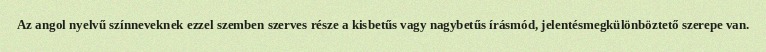
Az angol nyelvű színneveknek ezzel szemben szerves része a kisbetűs vagy nagybetűs írásmód, jelentésmegkülönböztető szerepe van.